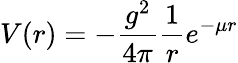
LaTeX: V(r)=-{\frac{g^{2}}{4\pi}}{\frac{1}{r}}e^{-\mu r}